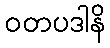
ဝတပဒါနိ